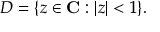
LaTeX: D = \{ z \in \mathbf { C } : | z | < 1 \} .